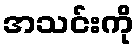
အသင်းကို